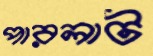
পারলাট